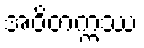
အဝိတက္ကဿ